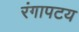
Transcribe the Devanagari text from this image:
रंगापटय